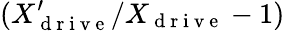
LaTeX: (X_{\mathrm{~d~r~i~v~e~}}^{\prime}/X_{\mathrm{~d~r~i~v~e~}}-1)